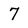
Character: 7